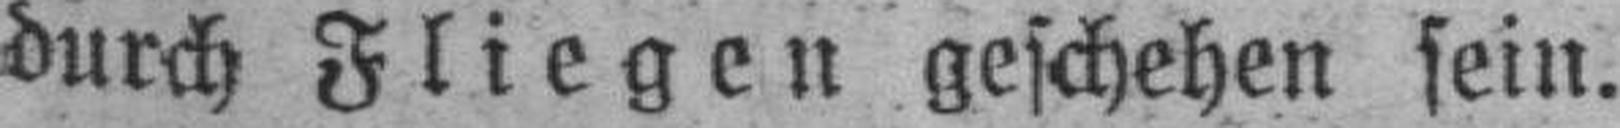
durch Fliegen geschehen sein.